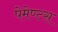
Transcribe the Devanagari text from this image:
पेमेण्टस